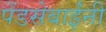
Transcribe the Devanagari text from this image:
पेंडसेबाईंनी